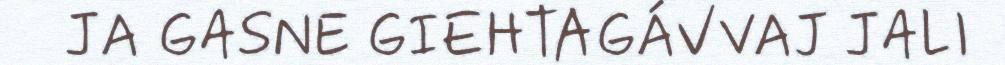
JA GASNE GIEHTAGÁVVAJ JALI